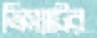
ভিস্যাটের